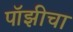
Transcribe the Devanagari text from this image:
पॉझीचा